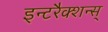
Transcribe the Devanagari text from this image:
इन्टरैक्शन्स्